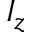
I _ { z }